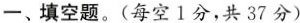
一、填空题。(每空1分，共37分)